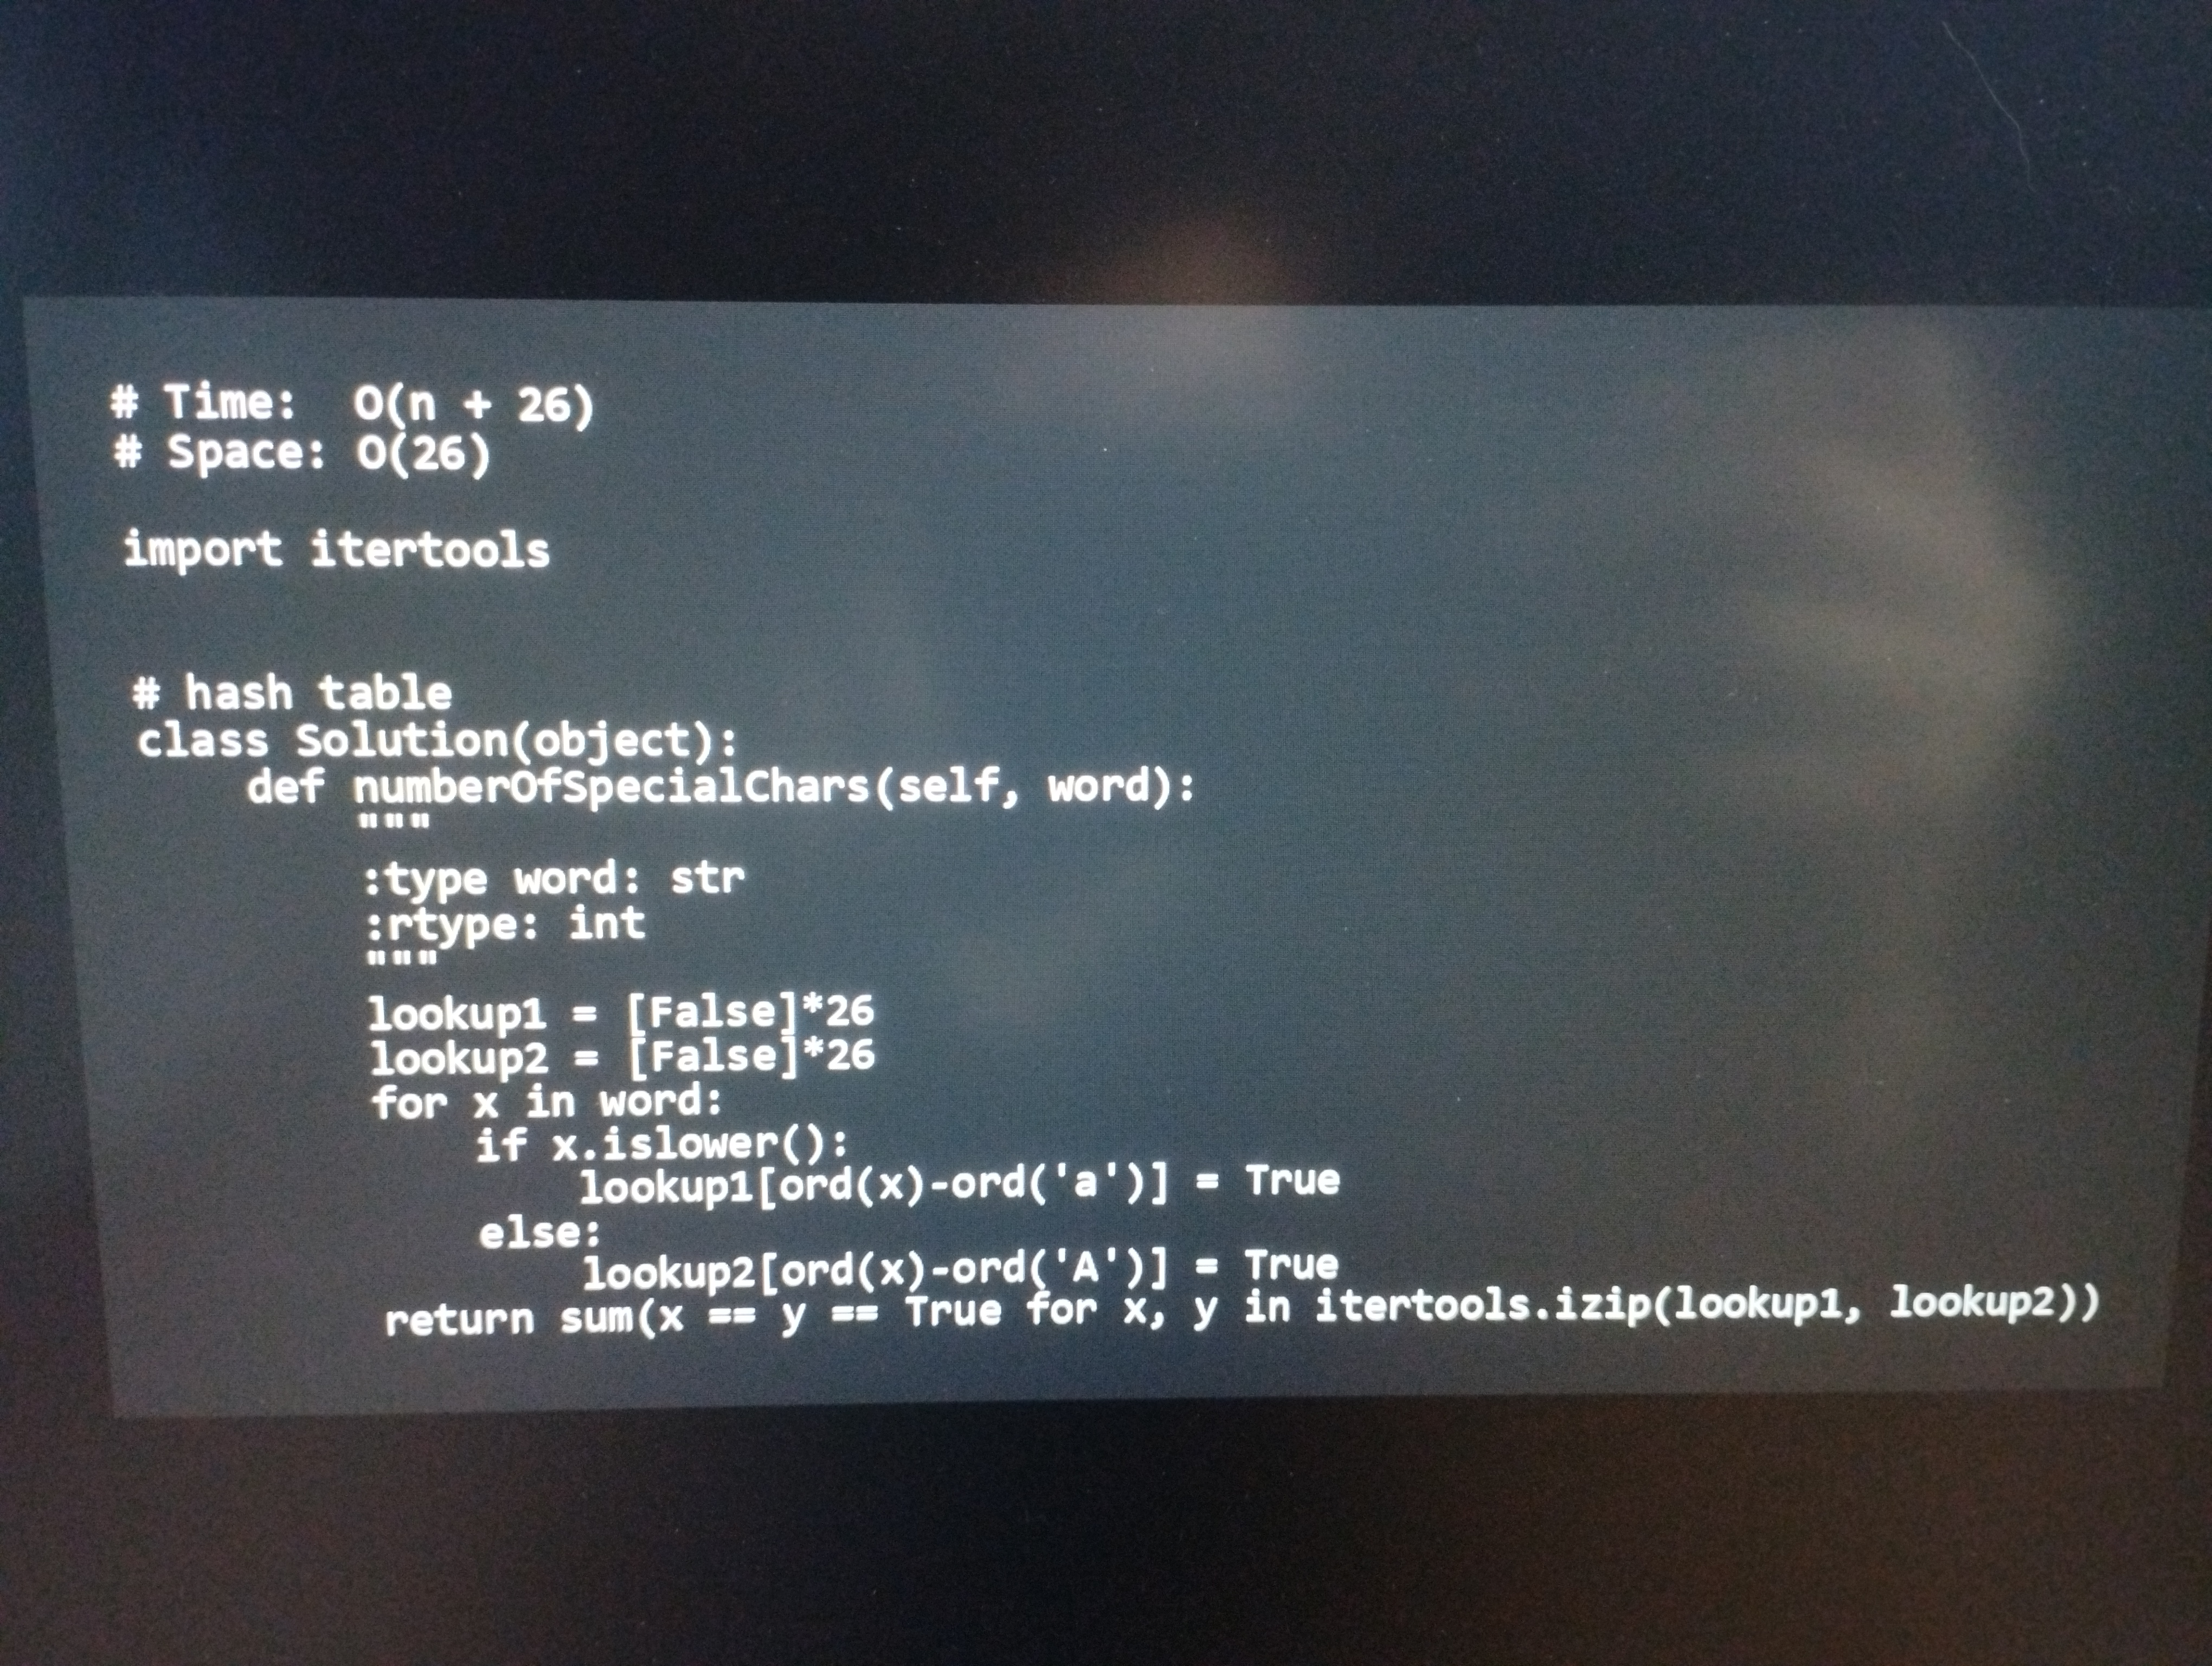
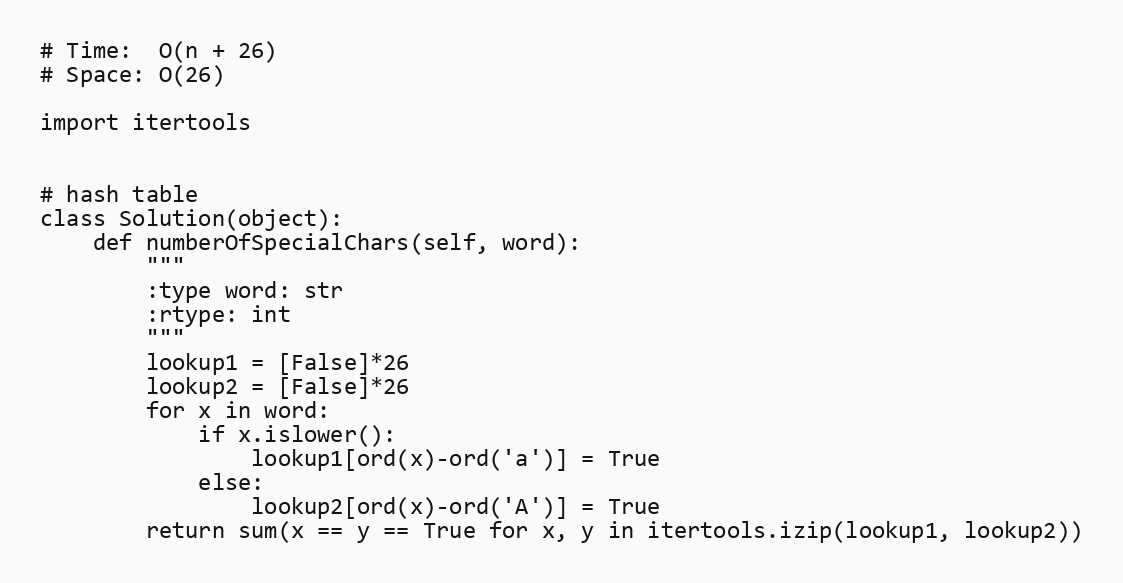
# Time:  O(n + 26)
# Space: O(26)

import itertools

# hash table
class Solution(object):
    def numberOfSpecialChars(self, word):
        """
        :type word: str
        :rtype: int
        """
        lookup1 = [False]*26
        lookup2 = [False]*26
        for x in word:
            if x.islower():
                lookup1[ord(x)-ord('a')] = True
            else:
                lookup2[ord(x)-ord('A')] = True
        return sum(x == y == True for x, y in itertools.izip(lookup1, lookup2))